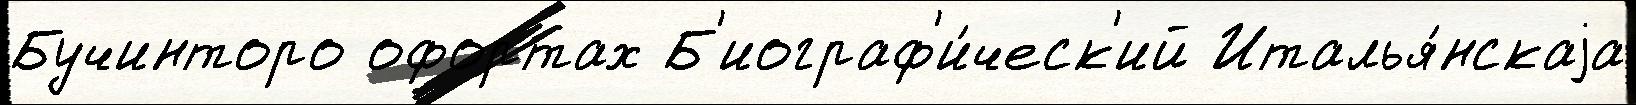
Бучинторо офортах Б'иограф'и́ческ'ий Италья́нскаjа